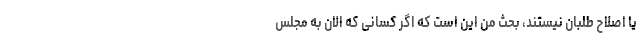
یا اصلاح طلبان نیستند، بحث من این است که اگر کسانی که الان به مجلس